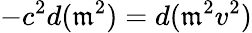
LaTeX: -c^{2}d(\mathfrak{m}^{2})=d(\mathfrak{m}^{2}v^{2})